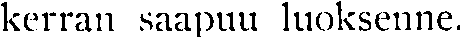
kerran saapuu luoksenne.